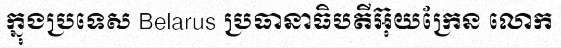
ក្នុងប្រទេស Belarus ប្រធានាធិបតីអ៊ុយក្រែន លោក